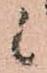
候